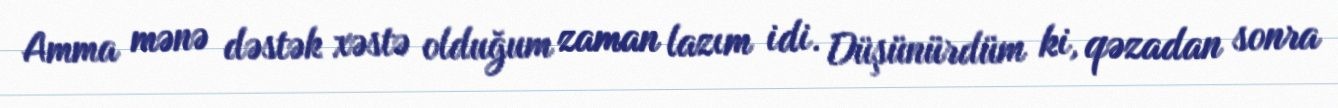
Amma mənə dəstək xəstə olduğum zaman lazım idi. Düşünürdüm ki, qəzadan sonra